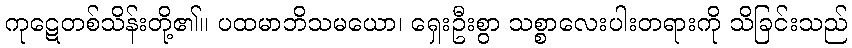
ကုဋေတစ်သိန်းတို့၏။ ပထမာဘိသမယော၊ ရှေးဦးစွာ သစ္စာလေးပါးတရားကို သိခြင်းသည်